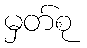
မှတ်စု